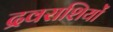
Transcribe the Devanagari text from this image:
द्रवराशियों